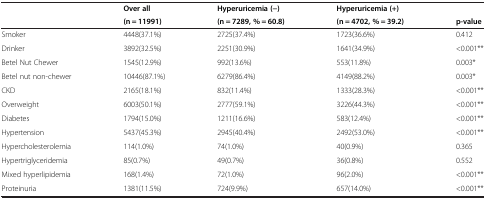
<table><thead><tr><td rowspan="2"><b> </b></td><td><b>Over all</b></td><td><b>Hyperuricemia (−)</b></td><td><b>Hyperuricemia (+)</b></td><td><b> </b></td></tr><tr><td><b>(n = 11991)</b></td><td><b>(n = 7289, % = 60.8)</b></td><td><b>(n = 4702, % = 39.2)</b></td><td><b>p-value</b></td></tr></thead><tbody><tr><td>Smoker</td><td>4448(37.1%)</td><td>2725(37.4%)</td><td>1723(36.6%)</td><td>0.412</td></tr><tr><td>Drinker</td><td>3892(32.5%)</td><td>2251(30.9%)</td><td>1641(34.9%)</td><td>&lt;0.001**</td></tr><tr><td>Betel Nut Chewer</td><td>1545(12.9%)</td><td>992(13.6%)</td><td>553(11.8%)</td><td>0.003*</td></tr><tr><td>Betel nut non-chewer</td><td>10446(87.1%)</td><td>6279(86.4%)</td><td>4149(88.2%)</td><td>0.003*</td></tr><tr><td>CKD</td><td>2165(18.1%)</td><td>832(11.4%)</td><td>1333(28.3%)</td><td>&lt;0.001**</td></tr><tr><td>Overweight</td><td>6003(50.1%)</td><td>2777(59.1%)</td><td>3226(44.3%)</td><td>&lt;0.001**</td></tr><tr><td>Diabetes</td><td>1794(15.0%)</td><td>1211(16.6%)</td><td>583(12.4%)</td><td>&lt;0.001**</td></tr><tr><td>Hypertension</td><td>5437(45.3%)</td><td>2945(40.4%)</td><td>2492(53.0%)</td><td>&lt;0.001**</td></tr><tr><td>Hypercholesterolemia</td><td>114(1.0%)</td><td>74(1.0%)</td><td>40(0.9%)</td><td>0.365</td></tr><tr><td>Hypertriglyceridemia</td><td>85(0.7%)</td><td>49(0.7%)</td><td>36(0.8%)</td><td>0.552</td></tr><tr><td>Mixed hyperlipidemia</td><td>168(1.4%)</td><td>72(1.0%)</td><td>96(2.0%)</td><td>&lt;0.001**</td></tr><tr><td>Proteinuria</td><td>1381(11.5%)</td><td>724(9.9%)</td><td>657(14.0%)</td><td>&lt;0.001**</td></tr></tbody></table>